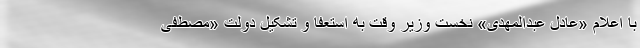
با اعلام «عادل عبدالمهدی» نخست وزیر وقت به استعفا و تشکیل دولت «مصطفی